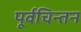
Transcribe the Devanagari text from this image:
पूर्वचिन्तन